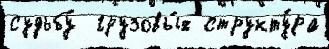
судьбу́  грузовы́х структу́ра